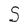
Character: S